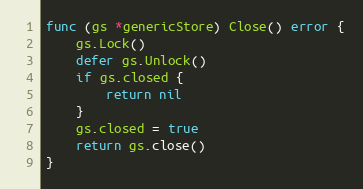
Language: Go
func (gs *genericStore) Close() error {
	gs.Lock()
	defer gs.Unlock()
	if gs.closed {
		return nil
	}
	gs.closed = true
	return gs.close()
}